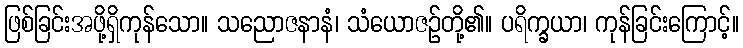
ဖြစ်ခြင်းအဖို့ရှိကုန်သော။ သညောဇနာနံ၊ သံယောဇဉ်တို့၏။ ပရိက္ခယာ၊ ကုန်ခြင်းကြောင့်။